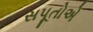
સપૂતોએ